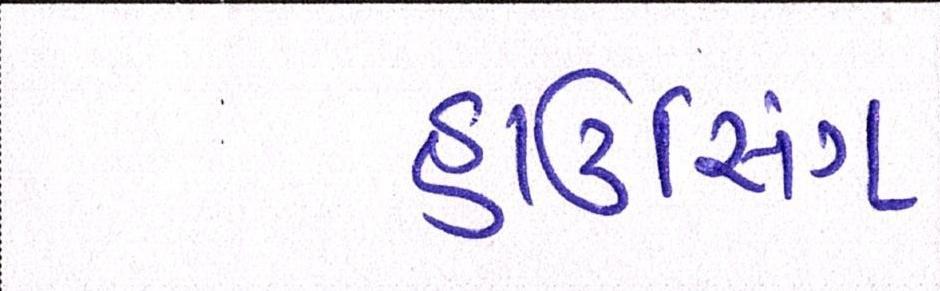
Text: હાઉસિંગ